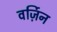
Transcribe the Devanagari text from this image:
वर्ज़िन